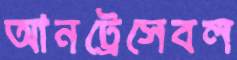
আনট্রেসেবল